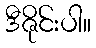
ဒီဇိုင်းပါ။